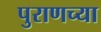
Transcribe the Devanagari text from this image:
पुराणच्या